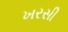
ખરસી